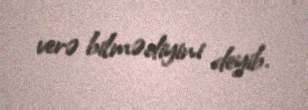
verə bilmədiyini deyib.